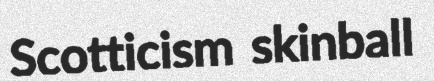
Scotticism skinball